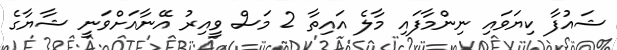
ޝައުފާ ކިޔަވައި ނިންމާފައި މާލެ އައިތާ 2 މަސް ވީއިރު އޭނާއަށްވަނީ ޝާޔާގެ